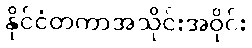
နိုင်ငံတကာအသိုင်းအဝိုင်း